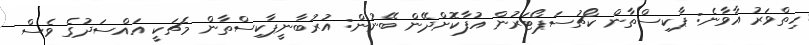
ހިތްވަރު އާވާނެ: ޕާކިސްތާން ކޯޗުސަޕޯޓަރުން އުފާކޮށްދޭން ބޭނުން: އުރުބާނީޕާކިސްތާން މެޗަކީ އައްސަދުގެ ވެސް